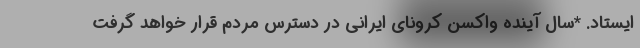
ایستاد. *سال آینده واکسن کرونای ایرانی در دسترس مردم قرار خواهد گرفت